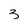
Character: 3